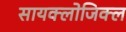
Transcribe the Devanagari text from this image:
सायक्लोजिक्ल